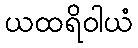
ယထရိဝါယံ